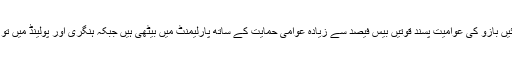
فرانس اور بلغاریہ میں دائیں بازو کی عوامیت پسند قوتیں بیس فیصد سے زیادہ عوامی حمایت کے ساتھ پارلیمنٹ میں بیٹھی ہیں جبکہ ہنگری اور پولینڈ میں تو حکومت ہی اُنہی کی ہے۔